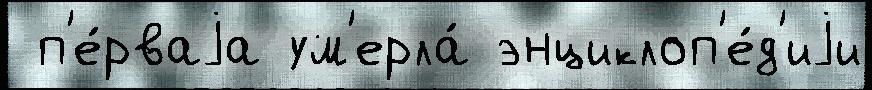
 п'е́рваjа ум'ерла́ энциклоп'е́д'иjи